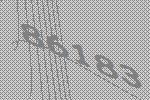
86183